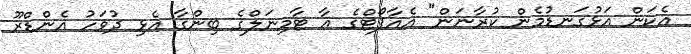
އެކަން އަޅުގަނޑުމެން ކުރާނަން" އެއާޕޯޓްގެ އާ ޓާމިނަލްގެ ބިންގާ އެޅި ދުވަހު އެންޑްރޫ